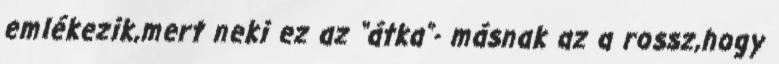
emlékezik,mert neki ez az “átka”- másnak az a rossz,hogy